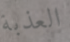
العذبة